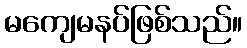
မကျေမနပ်ဖြစ်သည်။